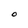
Character: O